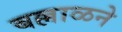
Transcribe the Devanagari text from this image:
बल्लाळने